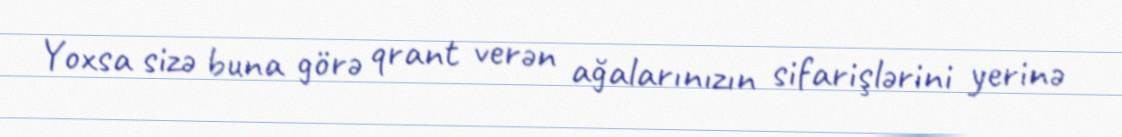
Yoxsa sizə buna görə qrant verən ağalarınızın sifarişlərini yerinə